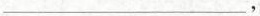
___，